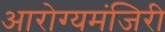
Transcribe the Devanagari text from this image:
आरोग्यमंजिरी